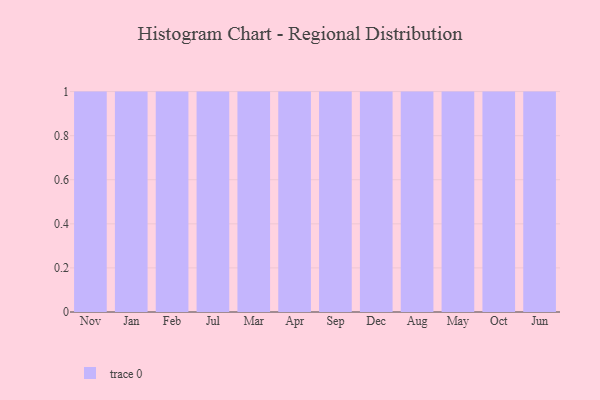
{"axis": {"x": "Month", "y": "Customer Acquisition Cost (USD)"}, "legend": [""], "data": [{"x": "Nov", "y": 37, "type": ""}, {"x": "Jan", "y": 61, "type": ""}, {"x": "Feb", "y": 67, "type": ""}, {"x": "Jul", "y": 13, "type": ""}, {"x": "Mar", "y": 23, "type": ""}, {"x": "Apr", "y": 45, "type": ""}, {"x": "Sep", "y": 44, "type": ""}, {"x": "Dec", "y": 70, "type": ""}, {"x": "Aug", "y": 17, "type": ""}, {"x": "May", "y": 27, "type": ""}, {"x": "Oct", "y": 30, "type": ""}, {"x": "Jun", "y": 14, "type": ""}]}